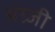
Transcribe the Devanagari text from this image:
अंग्र्जी